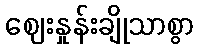
ဈေးနှုန်းချိုသာစွာ